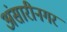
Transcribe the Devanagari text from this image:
अंसारीनगर